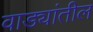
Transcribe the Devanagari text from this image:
वाड्यांतील